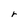
Character: r